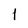
Character: 1